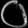
Digit: ၀